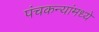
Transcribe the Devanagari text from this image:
पंचकन्यांमध्ये